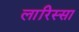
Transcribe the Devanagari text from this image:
लारिस्सा